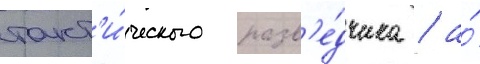
такт'и́ческого разв'е́дчика / а́